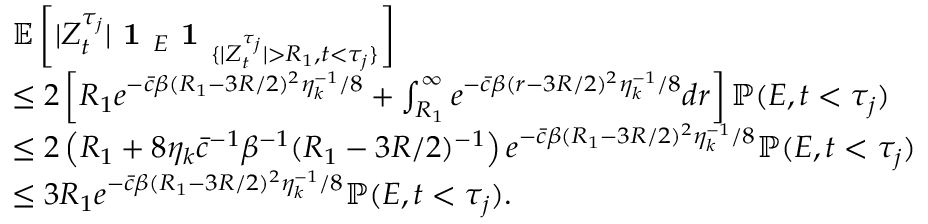
\begin{array} { r l } & { \mathbb { E } \left[ | Z _ { t } ^ { \tau _ { j } } | \textbf { 1 } _ { E } \textbf { 1 } _ { \{ | Z _ { t } ^ { \tau _ { j } } | > R _ { 1 } , t < \tau _ { j } \} } \right] } \\ & { \le 2 \left[ R _ { 1 } e ^ { - \bar { c } \beta ( R _ { 1 } - 3 R / 2 ) ^ { 2 } \eta _ { k } ^ { - 1 } / 8 } + \int _ { R _ { 1 } } ^ { \infty } e ^ { - \bar { c } \beta ( r - 3 R / 2 ) ^ { 2 } \eta _ { k } ^ { - 1 } / 8 } d r \right] \mathbb { P } ( E , t < \tau _ { j } ) } \\ & { \le 2 \left( R _ { 1 } + 8 \eta _ { k } \bar { c } ^ { - 1 } \beta ^ { - 1 } ( R _ { 1 } - 3 R / 2 ) ^ { - 1 } \right) e ^ { - \bar { c } \beta ( R _ { 1 } - 3 R / 2 ) ^ { 2 } \eta _ { k } ^ { - 1 } / 8 } \mathbb { P } ( E , t < \tau _ { j } ) } \\ & { \le 3 R _ { 1 } e ^ { - \bar { c } \beta ( R _ { 1 } - 3 R / 2 ) ^ { 2 } \eta _ { k } ^ { - 1 } / 8 } \mathbb { P } ( E , t < \tau _ { j } ) . } \end{array}